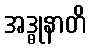
အဒ္ဓုနာတိ